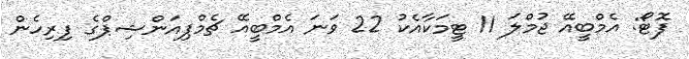
ފޮޓޯ: އެމްބީއޭ ޖުމްލަ 11 ޓީމަކާއެކު 22 ވަނަ އެމްބީއޭ ޗެމްޕިއަންޝިޕްގެ ފިރިހެން